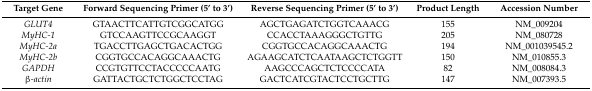
| Target Gene | Forward Sequencing Primer (5’ to 3’) | Reverse Sequencing Primer (5’ to 3’) | Product Length | Accession Number |
 | --- | --- | --- | --- | --- |
 | GLUT4 | GTAACTTCATTGTCGGCATGG | AGCTGAGATCTGGTCAAACG | 155 | NM_009204 |
 | MyHC-1 | GTCCAAGTTCCGCAAGGT | CCACCTAAAGGGCTGTTG | 205 | NM_080728 |
 | MyHC-2a | TGACCTTGAGCTGACACTGG | CGGTGCCACAGGCAAACTG | 194 | NM_001039545.2 |
 | MyHC-2b | CGGTGCCACAGGCAAACTG | AGAAGCATCTCAATAAGCTCTGGTT | 150 | NM_010855.3 |
 | GAPDH | CCGTGTTCCTACCCCCAATG | AAGCCCAGCTCTCCCCATA | 82 | NM_008084.3 |
 | β-actin | GATTACTGCTCTGGCTCCTAG | GACTCATCGTACTCCTGCTTG | 147 | NM_007393.5 |